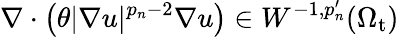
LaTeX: \nabla\cdot\left(\theta|\nabla u|^{p_{n}-2}\nabla u\right)\in W^{-1,p_{n}^{\prime}}(\Omega_{\mathrm{t}})